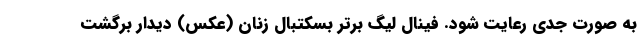
به صورت جدی رعایت شود. فینال لیگ برتر بسکتبال زنان (عکس) دیدار برگشت